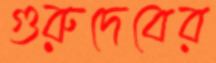
গুরুদেবের